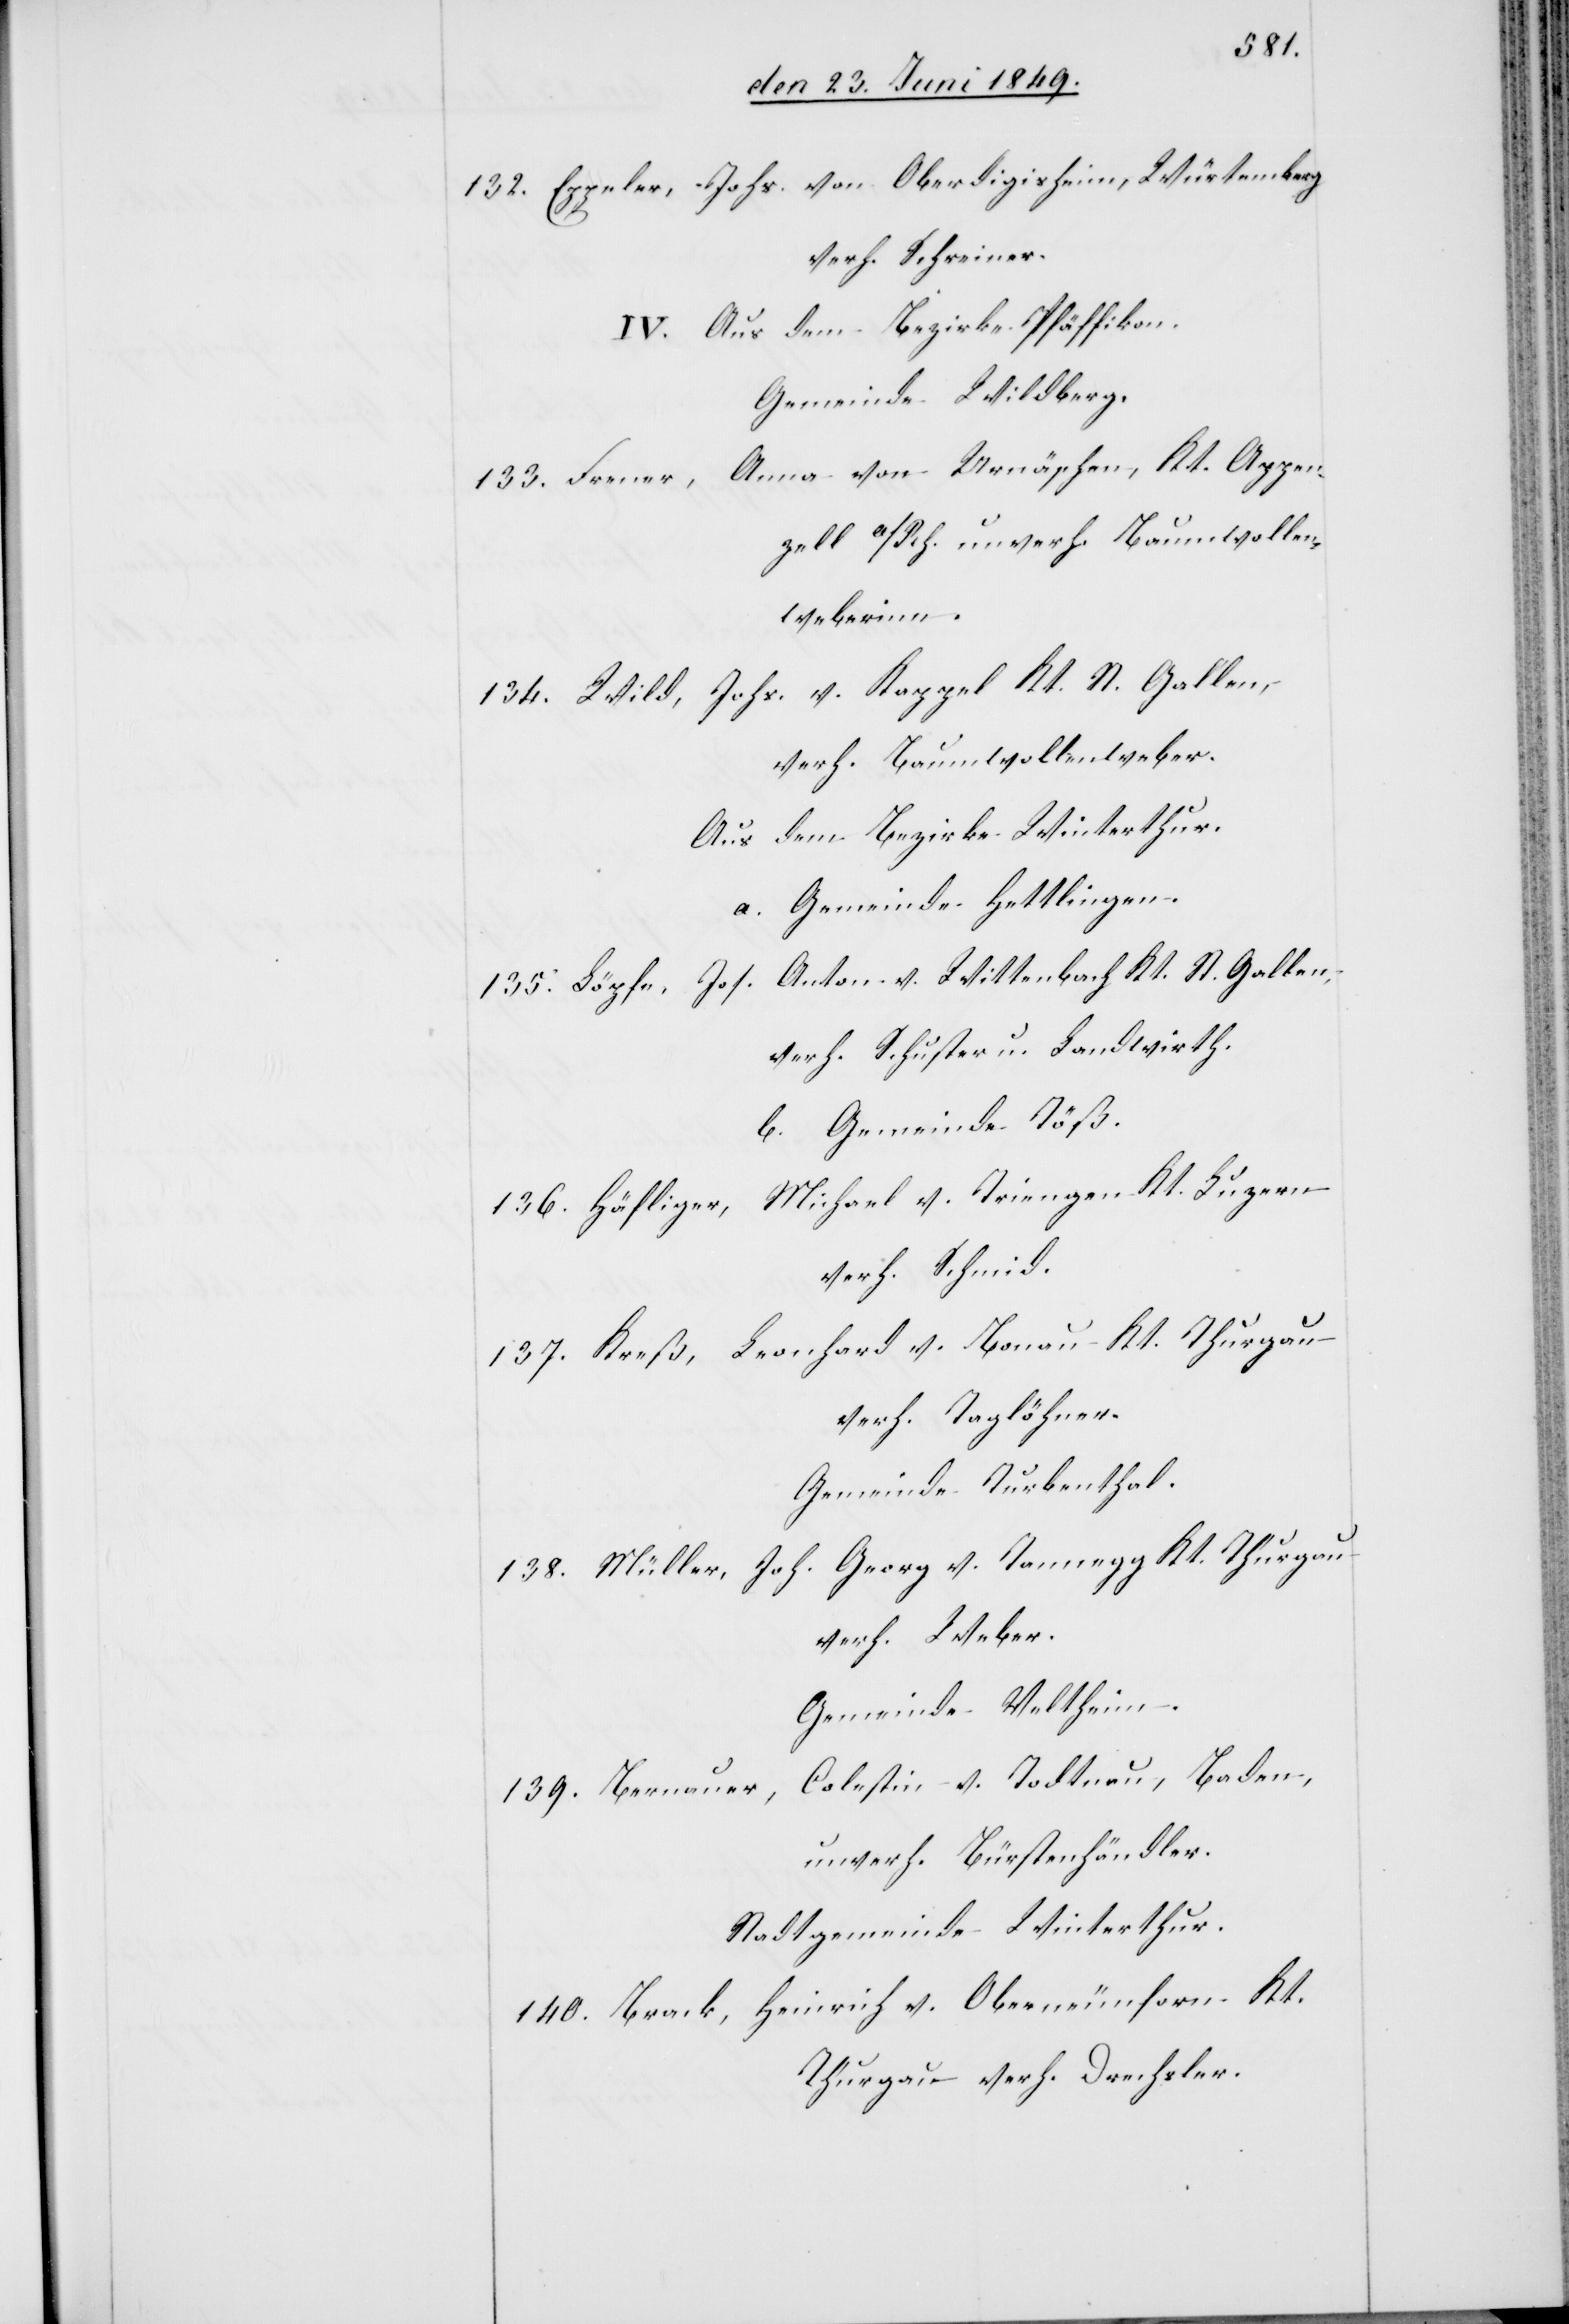
132. Eppeler, Johs. von Oberdigisheim, Würtemberg
verh. Schreiner.
IV. Aus dem Bezirke Pfäffikon.
Gemeinde Wildberg.
Anna von Urnäschen, Kt. Appen¬
133. Frener,
zell a/Rh. unverh. Baumwollen¬
weberinn.
134. Wild, Johs. v. Kappel Kt. St. Gallen,
verh. Baumwollenweber.
Aus dem Bezirke Winterthur.
a. Gemeinde Hettlingen.
135. Löpfe, Jos. Anton v. Wittenbach Kt. St. Gallen,
verh. Schuster u. Landwirth.
b. Gemeinde Töß.
136. Häfliger, Michael v. Triengen Kt. Luzern
verh. Schmid.
137. Kreß, Leonhard v. Bonau Kt. Thurgau
verh. Taglöhner.
Gemeinde Turbenthal.
138. Müller, Joh. Georg v. Tannegg Kt. Thurgau
verh. Weber.
Gemeinde Veltheim.
Colestin v. Todtnau, Baden,
139. Bernauer,
unverh. Bürstenhändler.
Stadtgemeinde Winterthur.
140. Brack, Heinrich v. Oberneunforn Kt.
Thurgau verh. Drechsler.